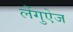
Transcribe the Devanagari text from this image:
लेंगुऐज